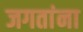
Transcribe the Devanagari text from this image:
जगतांना